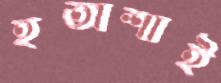
হতাশাই